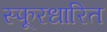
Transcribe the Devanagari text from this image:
स्फूरधारित